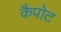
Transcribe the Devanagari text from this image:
कैपोट